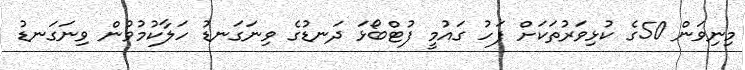
މިނިވަން 50ގެ ކުޅިވަރުތަކަށް ފަހު ގައުމީ ފުޓްބޯޅަ ދަނޑުގެ ވިނަގަނޑު ހަލާކުމުވުން ވިނަގަނޑު